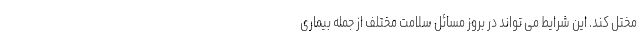
مختل کند. این شرایط می تواند در بروز مسائل سلامت مختلف از جمله بیماری